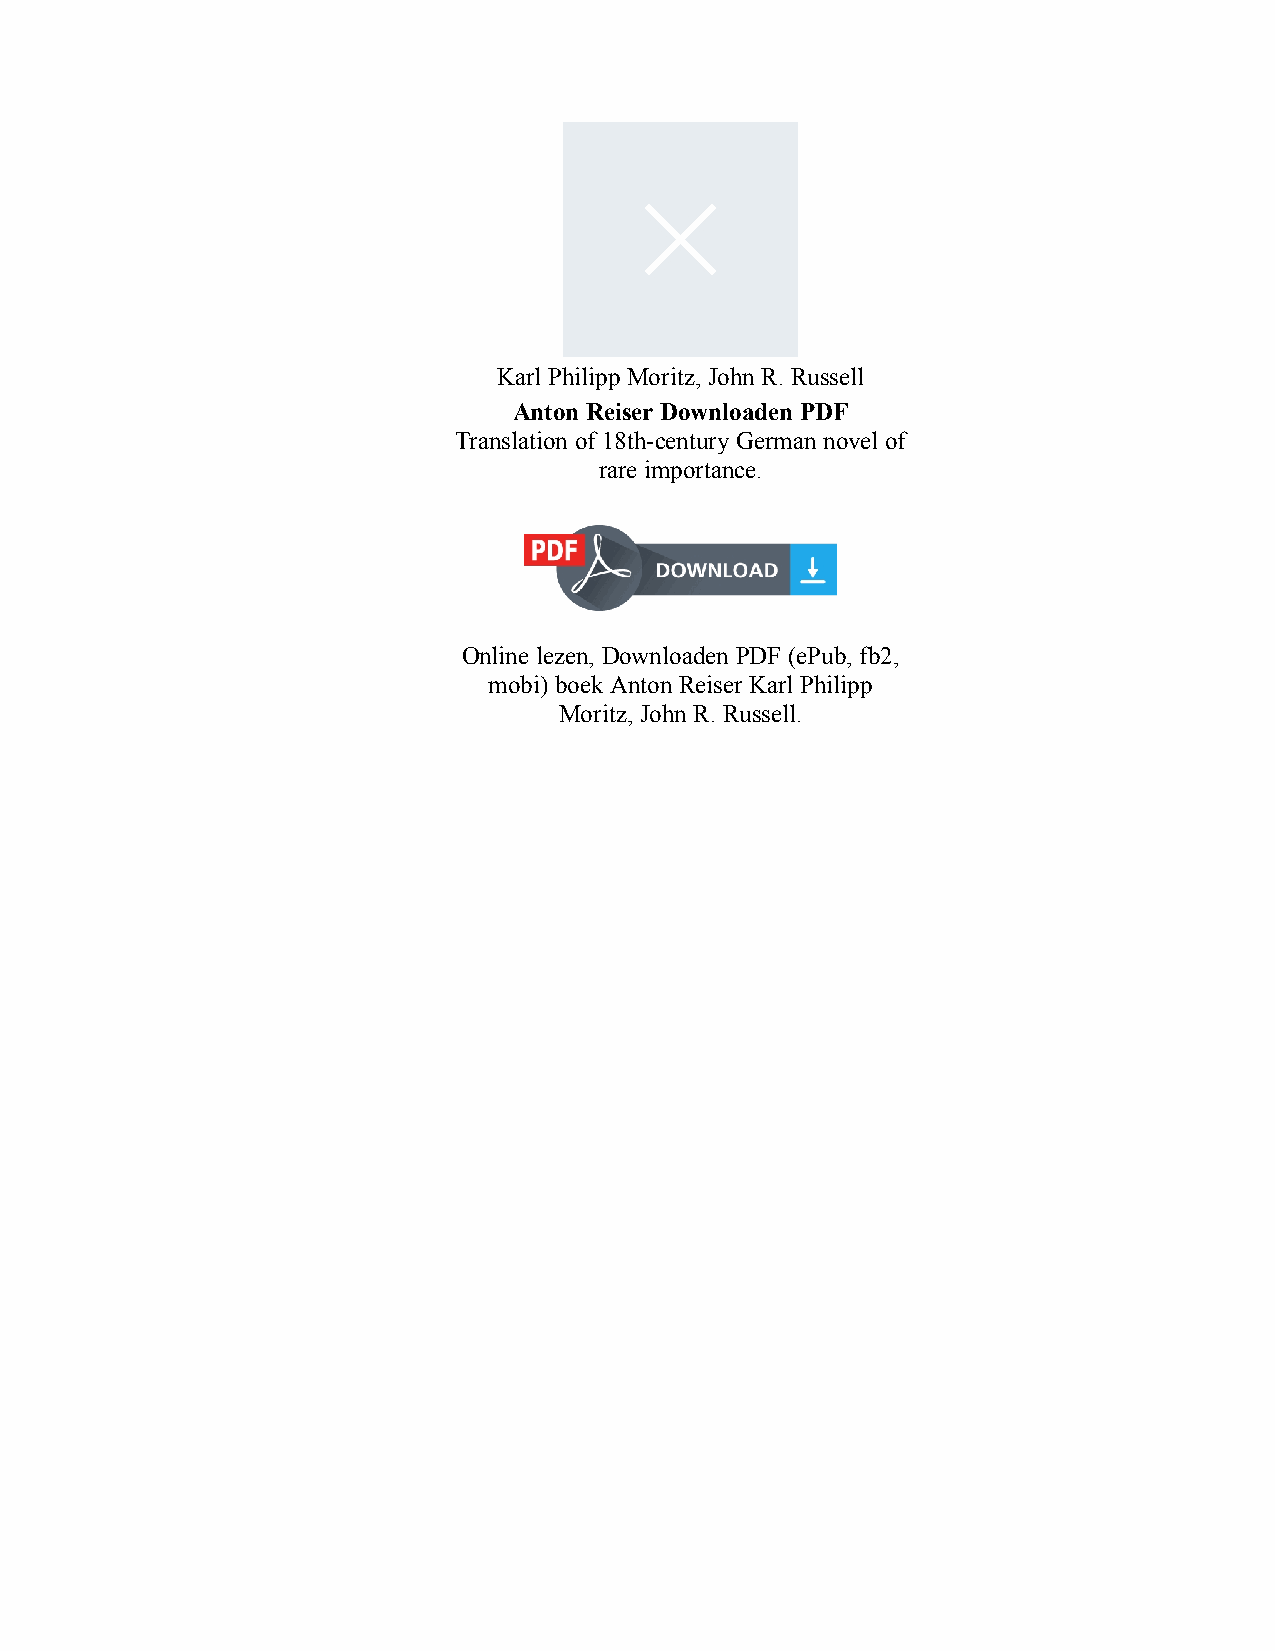
Karl Philipp Moritz, John R. Russell
 Anton Reiser Downloaden PDF
 Translation of 18th-century German novel of
 rare importance.
 Online lezen, Downloaden PDF (ePub, fb2,
 mobi) boek Anton Reiser Karl Philipp
 Moritz, John R. Russell.